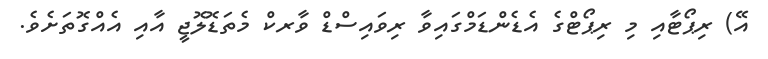
އޭ) ރިޕޯޓާއި މި ރިޕޯޓްގެ އެޑެންޑަމްގައިވާ ރިވައިސްޑް ވާރކް މެތަޑޮލޮޖީ އާއި އެއްގޮތަށެވެ.